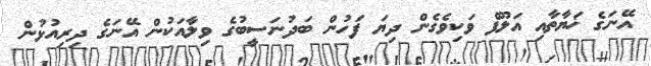
އޭނަގެ ޚަޔާތާއި އަލޫފް ވަކިވެގެން ދިޔަ ފަހުން ބަދުނަސީބުގެ ވިލާއަކުން އޭނަގެ ދިރިއުޅުން